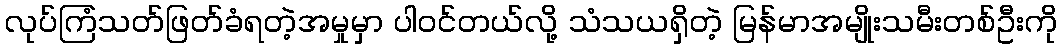
လုပ်ကြံသတ်ဖြတ်ခံရတဲ့အမှုမှာ ပါဝင်တယ်လို့ သံသယရှိတဲ့ မြန်မာအမျိုးသမီးတစ်ဦးကို